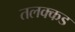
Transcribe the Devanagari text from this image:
तलक्कड